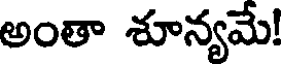
అంతా శూన్యమే!